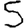
Digit: 5